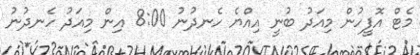
މެޓް އޮފީހުން މިއަދު ބުނީ އިއްޔެ ހެނދުނު 8:00 އިން މިއަދު ހެނދުނު